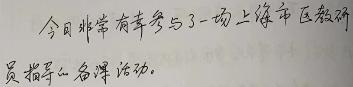
今日非常有幸参与了一场上海市区教研员指导的备课活动。